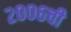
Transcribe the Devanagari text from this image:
२००६ची